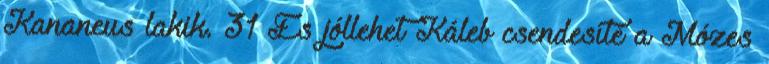
Kananeus lakik. 31 És jóllehet Káleb csendesíté a Mózes